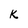
Character: k